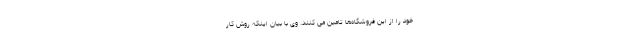
خود را از این فروشگاه‌ها تامین می کنند. وی با بیان اینکه روش کار